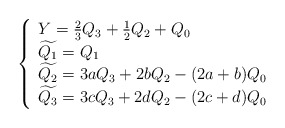
\begin{align*}\left \{\begin{array}{l}Y = \frac{2}{3} Q_3 + \frac{1}{2} Q_2 + Q_{0} \\\widetilde{Q_{1}} = Q_{1} \\\widetilde{Q_{2}} = 3 a Q_{3} + 2 b Q_{2} - (2a + b) Q_{0} \\\widetilde{Q_{3}} = 3 c Q_{3} + 2 d Q_{2} - (2c + d) Q_{0}\end{array}\right.\end{align*}